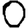
Digit: 0